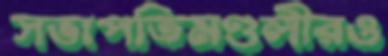
সভাপতিমণ্ডলীরও